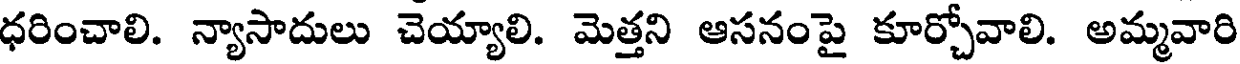
ధరించాలి. న్యాసాదులు చెయ్యాలి. మెత్తని ఆసనంపై కూర్చోవాలి. అమ్మవారి